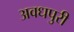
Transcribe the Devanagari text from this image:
अवधपुरी